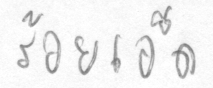
ร้อยเอ็ด